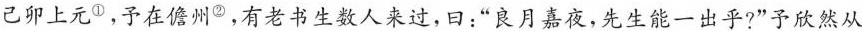
己卯上元^{①}，予在儋州^{②}，有老书生数人来过，曰：”良月嘉夜，先生能一出乎?”予欣然从